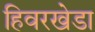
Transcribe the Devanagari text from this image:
हिवरखेडा